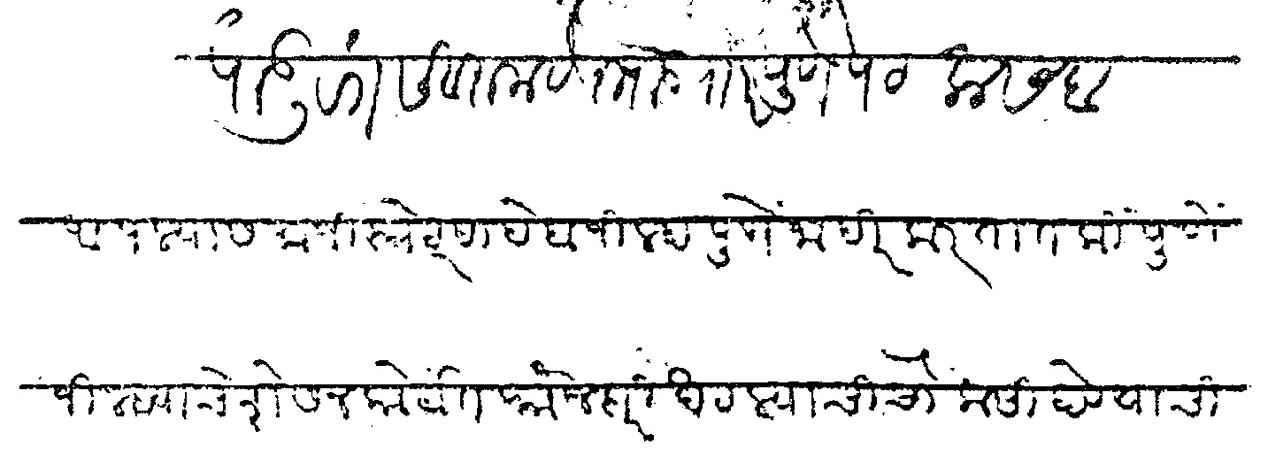
Transliteration (Devanagari): नंबर १२६ पाडुरंग सखाराम देशपाडे राार पुणे पेठ कसबा आपल्यास माजीस्त्रेटसाहेब जिल्हा पुणे जाहीर करतात कि पुणे जिल्ह्याचे शेसन कोर्टात फौजदारी खटल्याची चौकशी होण्याची